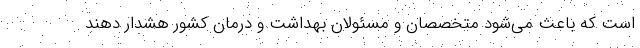
است که باعث می‌شود متخصصان و مسئولان بهداشت و درمان کشور هشدار دهند